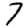
Digit: 7